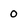
Character: 0